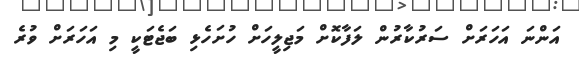
އަންނަ އަހަރަށް ސަރުކާރުން ލަފާކޮށް މަޖިލީހަށް ހުށަހެޅި ބަޖެޓަކީ މި އަހަރަށް ވުރެ